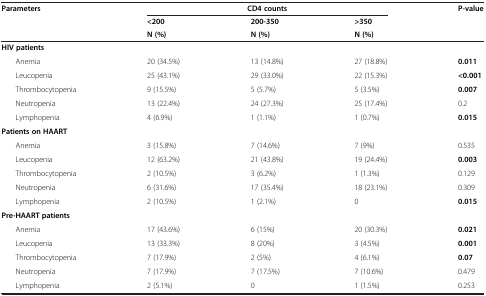
| <ROWSPAN=2> Parameters | <COLSPAN=3> CD4 counts | <ROWSPAN=2> P-value |
 | <200 | 200-350 | >350 |
 | N (%) | N (%) | N (%) |  |  |
 | --- | --- | --- | --- | --- |
 | HIV patients |  |  |  |  |
 | Anemia | 20 (34.5%) | 13 (14.8%) | 27 (18.8%) | 0.011 |
 | Leucopenia | 25 (43.1%) | 29 (33.0%) | 22 (15.3%) | <0.001 |
 | Thrombocytopenia | 9 (15.5%) | 5 (5.7%) | 5 (3.5%) | 0.007 |
 | Neutropenia | 13 (22.4%) | 24 (27.3%) | 25 (17.4%) | 0.2 |
 | Lymphopenia | 4 (6.9%) | 1 (1.1%) | 1 (0.7%) | 0.015 |
 | Patients on HAART |  |  |  |  |
 | Anemia | 3 (15.8%) | 7 (14.6%) | 7 (9%) | 0.535 |
 | Leucopenia | 12 (63.2%) | 21 (43.8%) | 19 (24.4%) | 0.003 |
 | Thrombocytopenia | 2 (10.5%) | 3 (6.2%) | 1 (1.3%) | 0.129 |
 | Neutropenia | 6 (31.6%) | 17 (35.4%) | 18 (23.1%) | 0.309 |
 | Lymphopenia | 2 (10.5%) | 1 (2.1%) | 0 | 0.015 |
 | Pre-HAART patients |  |  |  |  |
 | Anemia | 17 (43.6%) | 6 (15%) | 20 (30.3%) | 0.021 |
 | Leucopenia | 13 (33.3%) | 8 (20%) | 3 (4.5%) | 0.001 |
 | Thrombocytopenia | 7 (17.9%) | 2 (5%) | 4 (6.1%) | 0.07 |
 | Neutropenia | 7 (17.9%) | 7 (17.5%) | 7 (10.6%) | 0.479 |
 | Lymphopenia | 2 (5.1%) | 0 | 1 (1.5%) | 0.253 |